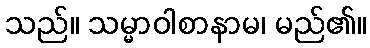
သည်။ သမ္မာဝါစာနာမ၊ မည်၏။